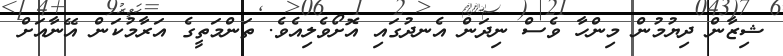
ޝިޒާން ދިޔުމުން މިންހާ ވެސް ނިދަން އެނދުގައި އޮށޯވެލިއެވެ. ތަންމަތީގެ އަރާމުކަން އޭނާއަށް